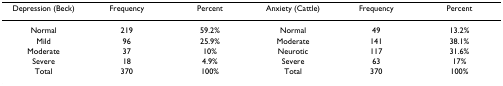
| Depression (Beck) | Frequency | Percent | Anxiety (Cattle) | Frequency | Percent |
 | --- | --- | --- | --- | --- | --- |
 | Normal | 219 | 59.2% | Normal | 49 | 13.2% |
 | Mild | 96 | 25.9% | Moderate | 141 | 38.1% |
 | Moderate | 37 | 10% | Neurotic | 117 | 31.6% |
 | Severe | 18 | 4.9% | Severe | 63 | 17% |
 | Total | 370 | 100% | Total | 370 | 100% |